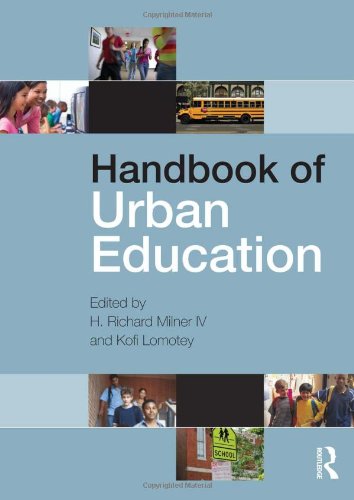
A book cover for Handbook of Urban Education; Politics & Social Sciences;